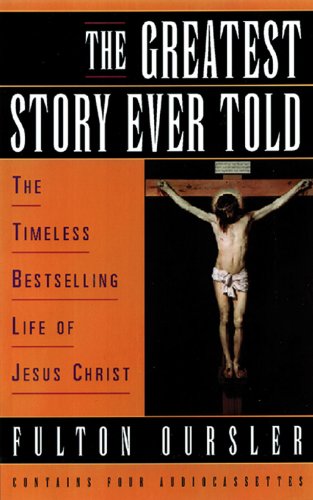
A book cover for The Greatest Story Ever Told; Fulton Oursler; Christian Books & Bibles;